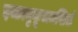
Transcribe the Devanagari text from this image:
इच्छानुकूलमखिलं